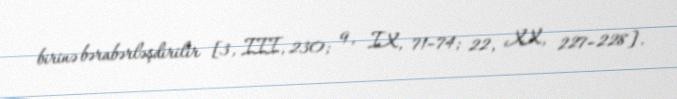
birinə bərabərləşdirilir [3, III, 230; 9, IX, 71–74; 22, XX, 227–228].